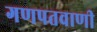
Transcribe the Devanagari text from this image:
गणपतवाणी